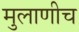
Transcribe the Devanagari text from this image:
मुलाणीच